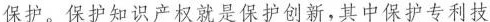
保护。保护知识产权就是保护创新，其中保护专利技